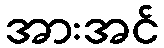
အားအင်